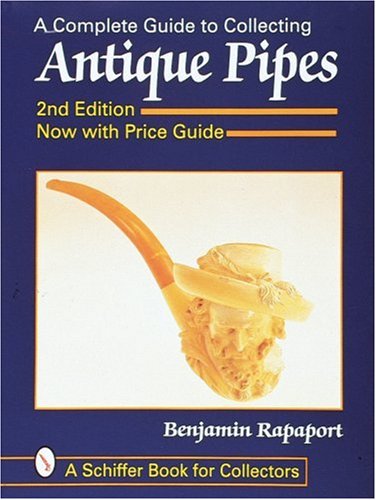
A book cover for A Complete Guide to Collecting Antique Pipes (Schiffer Book for Collectors) (A Schiffer Book for Collectors); Benjamin Rappaport; Crafts, Hobbies & Home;